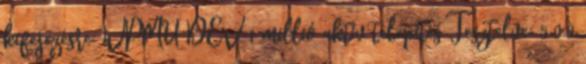
kifejezésre: WPMU DEV 1 millió aktív telepítés Tesztelve: 5.0.0